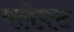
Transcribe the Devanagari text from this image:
क्लेफ़्ट